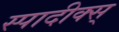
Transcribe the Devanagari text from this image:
स्पादीक्स्